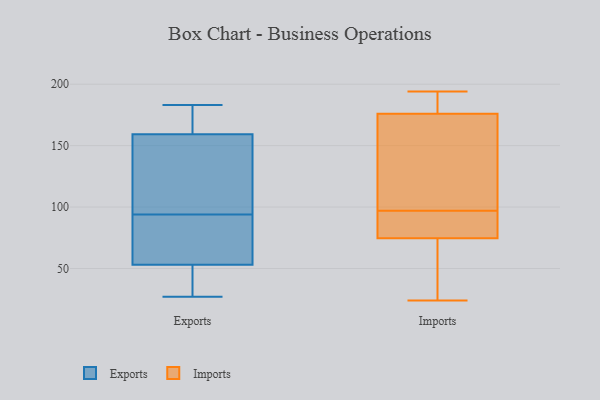
{"axis": {"x": "Demand Index", "y": "Value"}, "legend": ["Exports", "Imports"], "data": [{"x": "", "y": 27, "type": "Exports"}, {"x": "", "y": 101, "type": "Exports"}, {"x": "", "y": 177, "type": "Exports"}, {"x": "", "y": 183, "type": "Exports"}, {"x": "", "y": 74, "type": "Exports"}, {"x": "", "y": 46, "type": "Exports"}, {"x": "", "y": 93, "type": "Exports"}, {"x": "", "y": 183, "type": "Exports"}, {"x": "", "y": 94, "type": "Exports"}, {"x": "", "y": 31, "type": "Exports"}, {"x": "", "y": 106, "type": "Exports"}, {"x": "", "y": 89, "type": "Imports"}, {"x": "", "y": 97, "type": "Imports"}, {"x": "", "y": 187, "type": "Imports"}, {"x": "", "y": 89, "type": "Imports"}, {"x": "", "y": 184, "type": "Imports"}, {"x": "", "y": 152, "type": "Imports"}, {"x": "", "y": 82, "type": "Imports"}, {"x": "", "y": 72, "type": "Imports"}, {"x": "", "y": 45, "type": "Imports"}, {"x": "", "y": 194, "type": "Imports"}, {"x": "", "y": 101, "type": "Imports"}, {"x": "", "y": 189, "type": "Imports"}, {"x": "", "y": 24, "type": "Imports"}, {"x": "", "y": 71, "type": "Imports"}, {"x": "", "y": 144, "type": "Imports"}]}